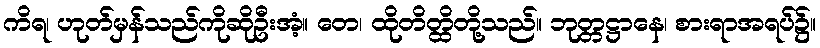
ကိရ၊ ဟုတ်မှန်သည်ကိုဆိုဦးအံ့။ တေ၊ ထိုတိတ္ထိတို့သည်။ ဘုတ္တဋ္ဌာနေ၊ စားရာအရပ်၌။